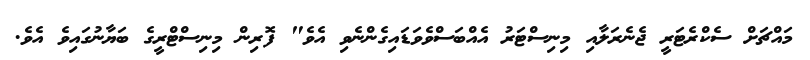
މައްޗަށް ސެކްރެޓަރީ ޖެނެރަލާއި މިނިސްޓަރު އެއްބަސްވެވަޑައިގެންނެވި އެވެ" ފޮރިން މިނިސްޓްރީގެ ބަޔާނުގައިވެ އެވެ.